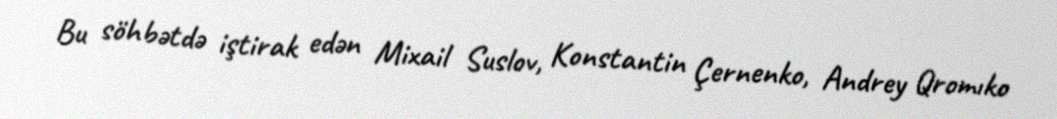
Bu söhbətdə iştirak edən Mixail Suslov, Konstantin Çernenko, Andrey Qromıko